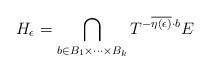
LaTeX: \begin{align*}H_\epsilon=\bigcap_{b \in B_1 \times \cdots \times B_k}T^{-\overline{\eta(\epsilon)}\cdot b} E\end{align*}